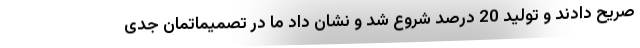
صریح دادند و تولید 20 درصد شروع شد و نشان داد ما در تصمیماتمان جدی